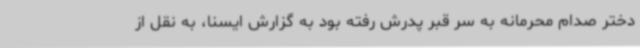
دختر صدام محرمانه به سر قبر پدرش رفته بود به گزارش ایسنا، به نقل از